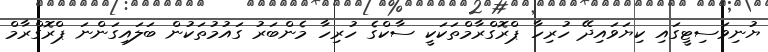
ޔުނިވަސިޓީގައި ކިޔަވައިދޭ ހުރިހާ ޕްރޮގްރާމްތަކަކީ ސާކްގެ ހުރިހާ މެންބަރު ގައުމުތަކުން ބަލައިގަންނަ ޕްރޮގްރާމް